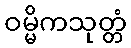
ဝမ္မိကသုတ္တံ